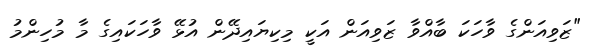
"ޒަވިއަންގެ ވާހަކަ ބާއްވާ ޒަވިއަން އަކީ މިކިޔައިދޭން އުޅޭ ވާހަކައިގެ މާ މުހިންމު